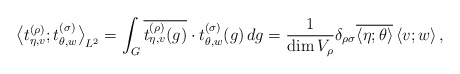
\begin{align*}{\bigl<t_{\eta,v}^{(\rho)};t_{\theta,w}^{(\sigma)}\bigr>}_{L^2} = \int_G\overline{t_{\eta,v}^{(\rho)}(g)}\cdot t_{\theta,w}^{(\sigma)}(g)\,dg = \frac{1}{\dim V_{\rho}}\delta_{\rho\sigma} \overline{\left<\eta;\theta\right>}\left<v;w\right>,\end{align*}